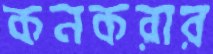
কনকরার